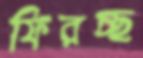
ফিরচ্ছ